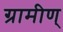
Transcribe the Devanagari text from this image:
ग्रामीण्